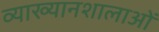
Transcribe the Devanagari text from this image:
व्याख्यानशालाओं